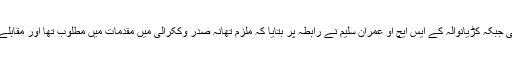
اورذمہ داروں کے خلاف کارروائی نہیں کی جاتی جبکہ کڑیانوالہ کے ایس ایچ او عمران سلیم نے رابطہ پر بتایا کہ ملزم تھانہ صدر وککرالی میں مقدمات میں مطلوب تھا اور مقابلے کے دوران ساتھیوں کی فائرنگ سے ہلا ک ہوا۔